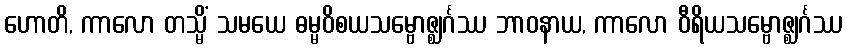
ဟောတိ, ကာလော တသ္မိံ သမယေ ဓမ္မဝိစယသမ္ဗောဇ္ဈင်္ဂဿ ဘာဝနာယ, ကာလော ဝီရိယသမ္ဗောဇ္ဈင်္ဂဿ